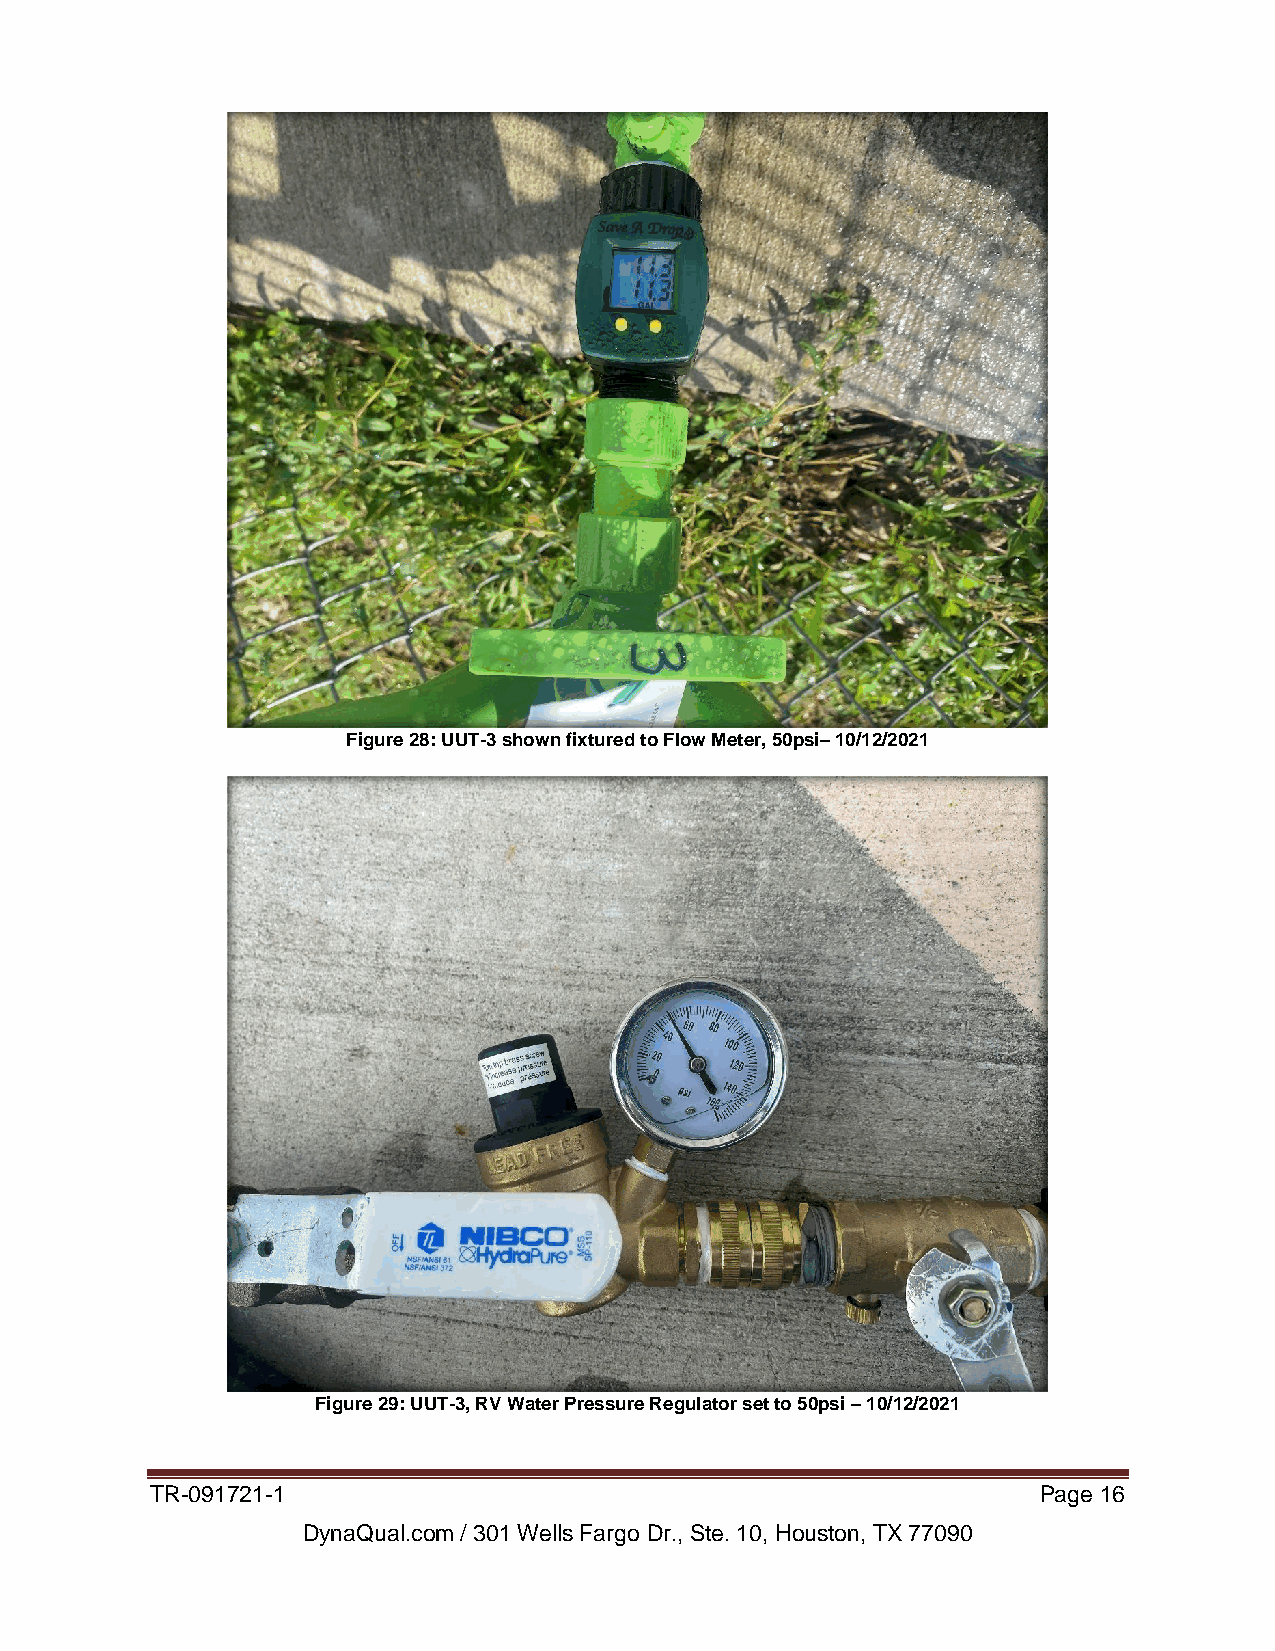
Figure 28: UUT-3 shown fixtured to Flow Meter, 50psi– 10/12/2021
 Figure 29: UUT-3, RV Water Pressure Regulator set to 50psi – 10/12/2021
 TR-091721-1                                                Page 16
 DynaQual.com / 301 Wells Fargo Dr., Ste. 10, Houston, TX 77090